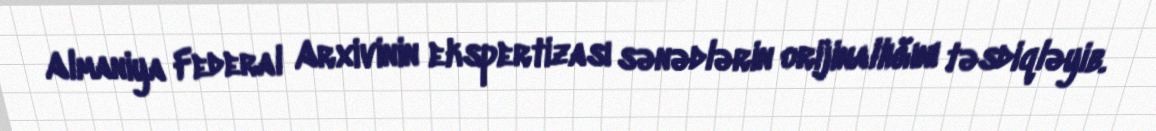
Almaniya Federal Arxivinin ekspertizası sənədlərin orijinallığını təsdiqləyib.